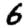
Digit: 6